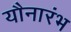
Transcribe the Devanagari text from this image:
यौनारंभ